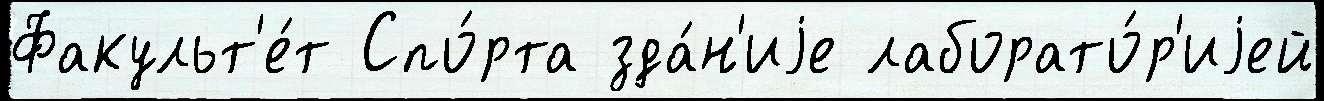
Факульт'е́т Спо́рта зда́н'иjе лаборато́р'иjей